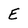
Character: E